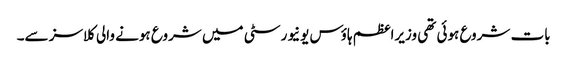
بات شروع ہوئی تھی وزیراعظم ہاؤس یونیورسٹی میں شروع ہونے والی کلاسز سے۔